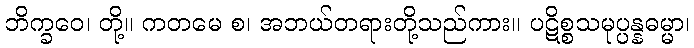
ဘိက္ခဝေ၊ တို့။ ကတမေ စ၊ အဘယ်တရားတို့သည်ကား။ ပဋိစ္စသမုပ္ပန္နဓမ္မာ၊